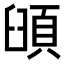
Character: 𩒦